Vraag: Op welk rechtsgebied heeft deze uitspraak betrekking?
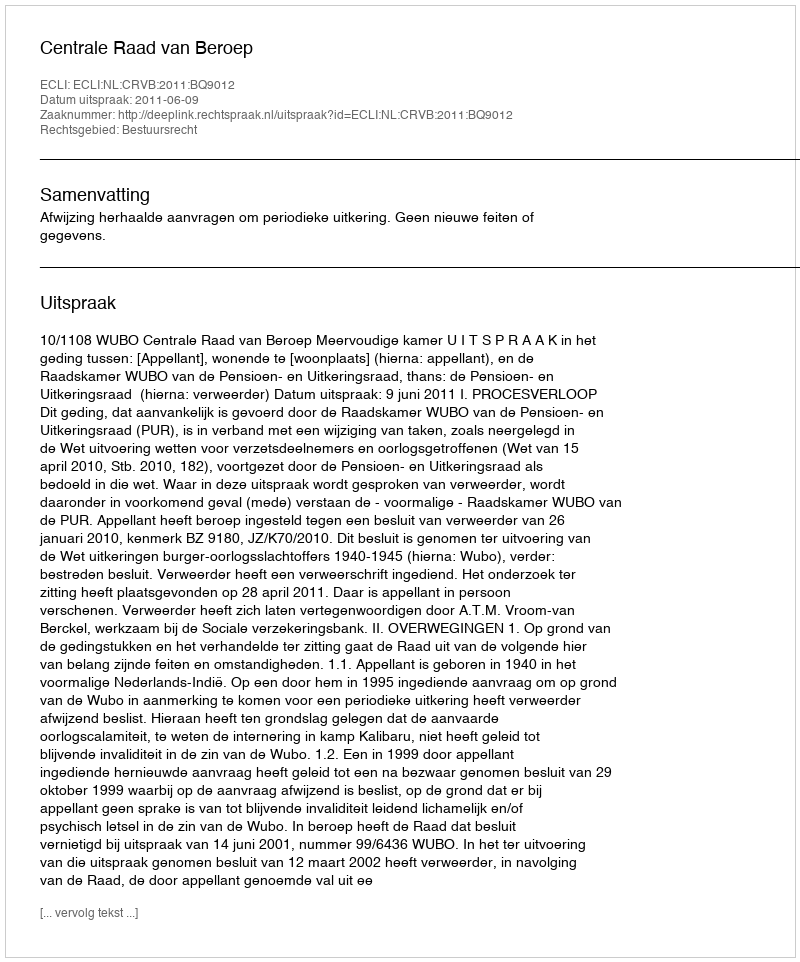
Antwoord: Bestuursrecht